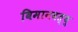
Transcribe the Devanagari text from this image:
विमानवत्थु